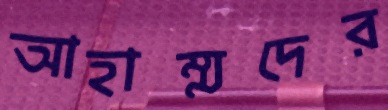
আহাম্মদের